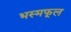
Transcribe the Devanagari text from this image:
भस्मफूल